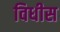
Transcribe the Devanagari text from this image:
विधीस